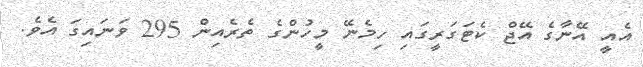
އެއީ އޭނާގެ އޭޖް ކެޓަގަރީގައި ހިމެނޭ މީހުންގެ ތެރެއިން 295 ވަނައިގަ އެވެ.